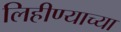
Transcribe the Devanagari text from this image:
लिहीण्याच्या